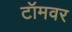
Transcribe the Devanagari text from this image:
टॉमवर